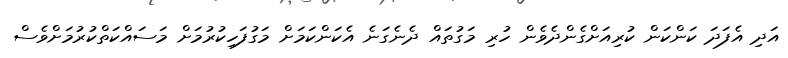
އަދި އެފަދަ ކަންކަން ކުރިއަށްގެންދެވެން ހުރި މަގުތައް ދެނެގަނެ އެކަންކަމަށް މަގުފަހިކުރުމަށް މަސައްކަތްކުރުމަށްވެސް